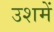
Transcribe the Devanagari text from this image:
उशमें